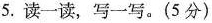
5.读一读，写一写。(5分)